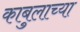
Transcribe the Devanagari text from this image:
काबुलाच्या